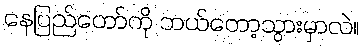
နေပြည်တော်ကို ဘယ်တော့သွားမှာလဲ။